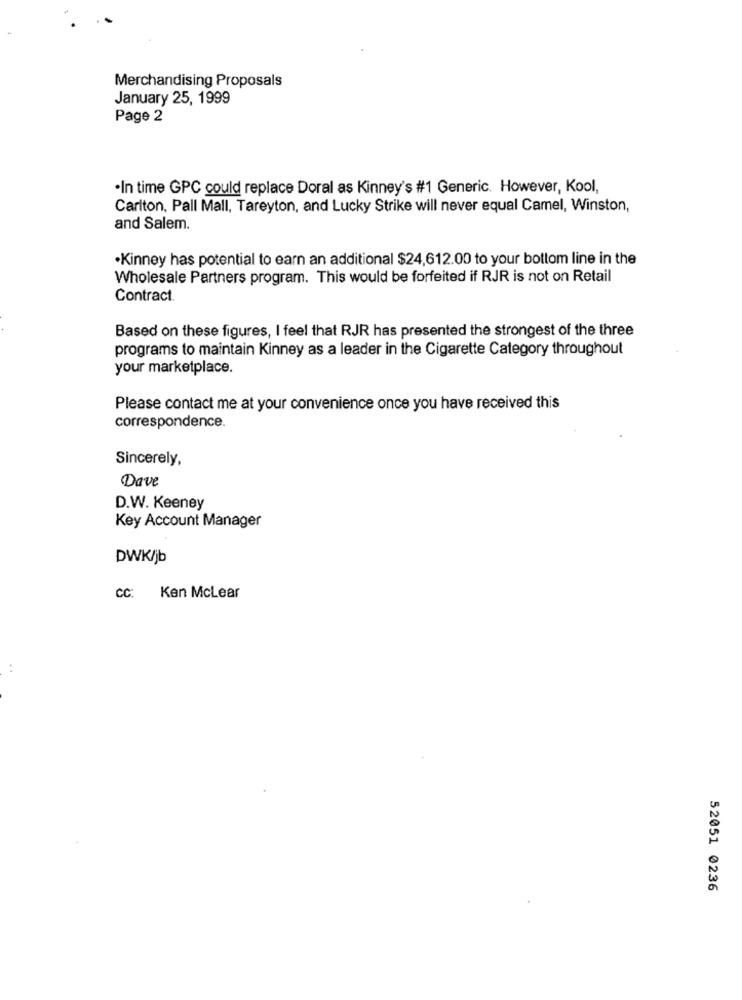
Merchandising Proposals
January 25, 1999
Page 2
·In time GPC could replace Doral as Kinney's #1 Generic. However, Kool,
Carlton, Pall Mall, Tareyton, and Lucky Strike will never equal Camel, Winston,
and Salem.
.Kinney has potential to earn an additional $24,612.00 to your bottom line in the
Wholesale Partners program. This would be forfeited if RJR is not on Retail
Contract.
Based on these figures, I feel that RJR has presented the strongest of the three
programs to maintain Kinney as a leader in the Cigarette Category throughout
your marketplace.
Please contact me at your convenience once you have received this
correspondence.
Sincerely,
Dave
D.W. Keeney
Key Account Manager
DWK/jb
CC: Ken Mclear
..
52051 0236